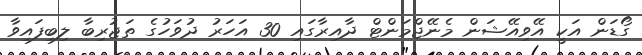
ގޯޑަން އަކީ އޭވިއޭޝަން މެނޭޖްމަންޓް ދާއިރާގައި 30 އަހަރު ދުވަހުގެ ތަޖުރިބާ ލިބިފައިވާ